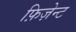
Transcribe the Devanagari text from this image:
फ़िज़ेन्ट